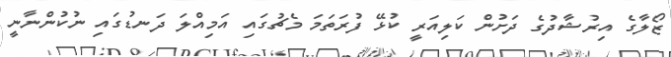
ޒޯލާގެ އިރުޝާދުގެ ދަށުން ކަލިއަރީ ކުޅޭ ފުރަތަމަ މެޗުގައި އަމިއްލަ ދަނޑުގައި ނުކުންނާނީ